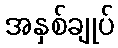
အနှစ်ချုပ်